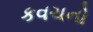
કવચનો